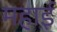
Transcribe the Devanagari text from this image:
महाई